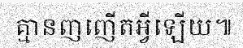
គ្មានញញើតអ្វីឡើយ៕